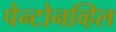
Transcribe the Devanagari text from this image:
पेन्टोनव्हिल